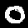
Label: 0